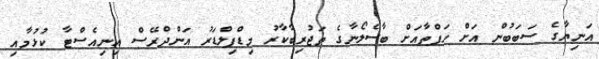
އަނިޔާގެ ސަބަބުން އަށް ހަފްތާއަށް ބާސެލޯނާގެ ތަޖުރިބާކާރު މިޑްފިލްޑަރު އަންދްރޭސް އިނިއެސްޓާ ކުޅުމާއި